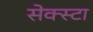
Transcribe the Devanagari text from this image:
सेक्स्टा